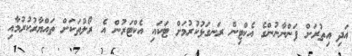
އަދި އިތުރަށް ފަންނާނުންގެ އެކްޓިން ރަނގަޅުކުރުމަށް ޓަކައި އެކްޓަރުން އެ ރޯލުތަކަށް ތައްޔާރުކުރުމާއި